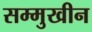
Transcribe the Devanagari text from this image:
सम्मुखीन